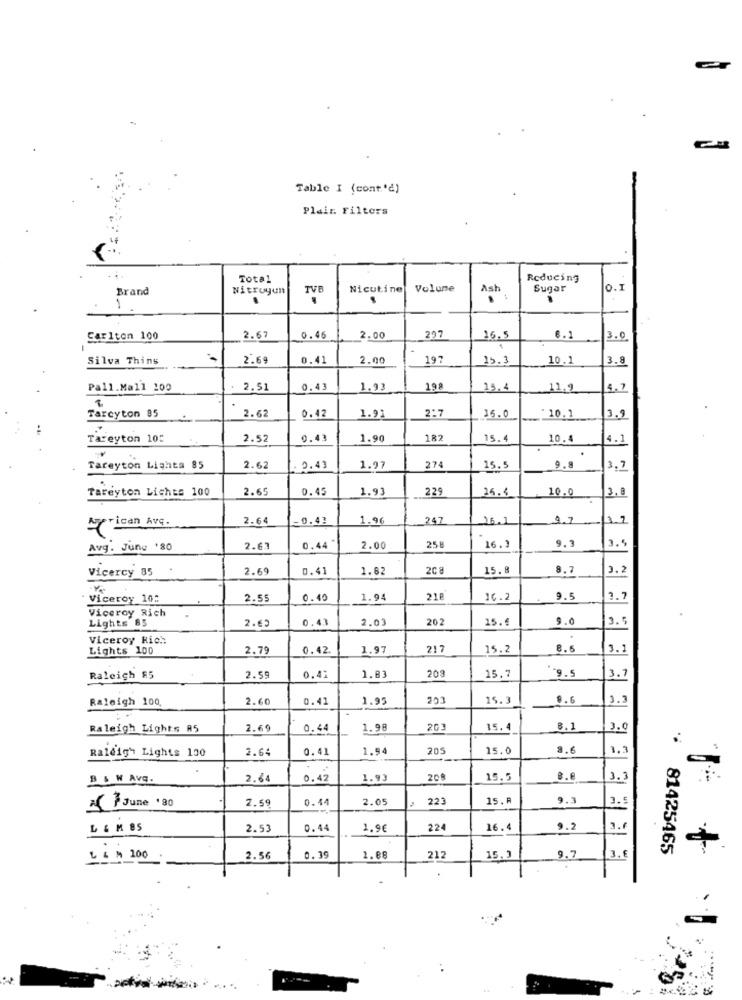
Table I (cont'd)
Plein. Filters
Total
Reducing
Brand
Nitroyun
TVB
Nicutine
Volume
Ash
Sugar
O.I
1
Carlton 100
2.67
0.46
2.00
227
16,5
€.1
3.0
Silva Thins
2.69
0.41
2.00
197
15.3
10.1
3.8
Pall.Mall 100
2.51
0.43
1.93
198
15,4
11,9
Tarcyton 85
2.62
2:7
0.42
1.91
25.0
"10.1
3.9
Tareyton 10:
2.52
0.43
1.90
182
15.4
10.4
4.1
Tareyton Lighta 85
2.62
9.43
1.97
274
15.5
9.8
3,7
2.65
0.45
1.93
229
10.0
Tareyton Lichts 100
25.3
3.8
2.64
0.43
1.96
247
16.1
1.7
frican Avq.
Avg. Jung '80
2.63
0,44
2.00
258
16.3
9.3
Vicercy 85
2.69
0.41
1.82
208
15.8
8.7
3.2
Viceroy 10:
2.55
0.10
1.94
218
16.2
9.5
2.7
Viceroy Rich
2.65
0.43
2.03
202
15.€
9.0
3.5
Lights 85
Viceroy Rich
Lights 100
2.79
0.42
1.97
217
15.2
8.6
3.1
203
-9.5
Raleigh 85
2.59
0.41
1.83
15.7
3.7
Raleigh 100,
2.60
0.41
1.95
203
15.3
8.6
3.3
Raleigh Lights A5
2.69
0.44
1.98
203
15.4
8.1
3.0
Raleigh Lights 130
2.64
0.41
1.54
205
15.0
8.6
1.3
B & W AVE.
2.64
0.42
1.93
208
15.5
3.3
2.59
0.14
2.05
223
15.
9.3
3.5
June '80
L & M 85
2.53
0.44
1.9€
224
16.4
9.2
3.6
3.6
81425465
L & M 100
2.56
0.39
1.88
212
15.3
9.7